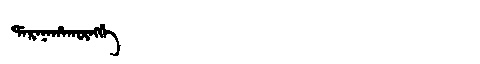
Manchu: ᡩᠠᡵᠠᠨᠠᡥᠠᡴᡡᠩᡤᡝ
Romanization: DARANAHAKŪNGGE